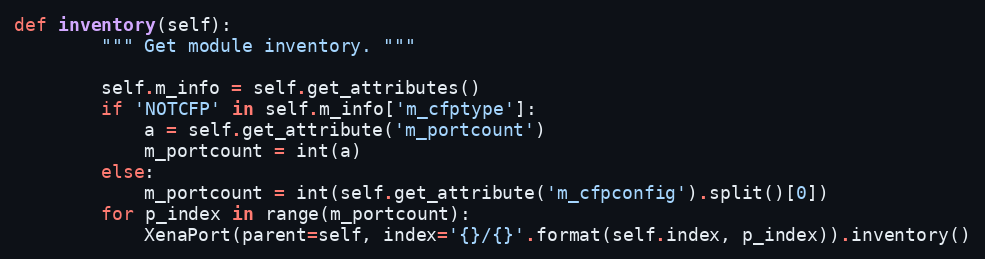
Language: Python
def inventory(self):
        """ Get module inventory. """

        self.m_info = self.get_attributes()
        if 'NOTCFP' in self.m_info['m_cfptype']:
            a = self.get_attribute('m_portcount')
            m_portcount = int(a)
        else:
            m_portcount = int(self.get_attribute('m_cfpconfig').split()[0])
        for p_index in range(m_portcount):
            XenaPort(parent=self, index='{}/{}'.format(self.index, p_index)).inventory()